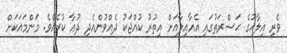
ވެރި އިލާޙުގެ ޙަޟްރަތުގައި އެއާއިލާއަށް އިތުރު ކުއްޖަކު ދެއްވުންއެދި ދުޢާ ކުރެއެވެ. މަންމައަކަށް